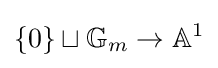
\{0\}\sqcup \mathbb {G} _{m}\to \mathbb {A} ^{1}